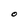
Character: O